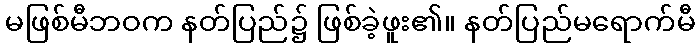
မဖြစ်မီဘဝက နတ်ပြည်၌ ဖြစ်ခဲ့ဖူး၏။ နတ်ပြည်မရောက်မီ